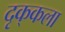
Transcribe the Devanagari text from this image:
दृक्‌कला